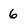
Character: 6